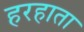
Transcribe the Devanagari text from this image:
हरहाता